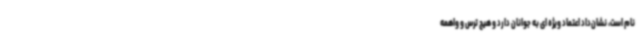
نام است، نشان‌داد اعتماد ویژه ای به جوانان دارد و هیچ ترس و واهمه